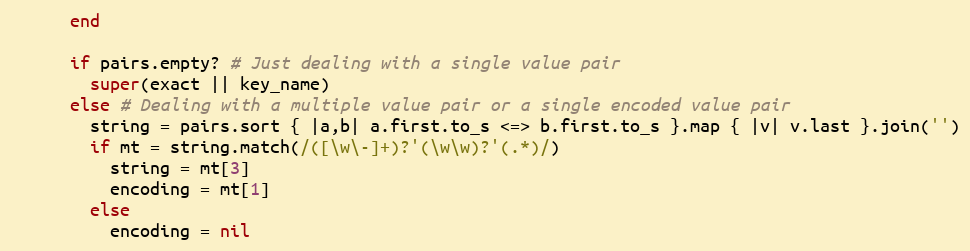
Language: Ruby
      end

      if pairs.empty? # Just dealing with a single value pair
        super(exact || key_name)
      else # Dealing with a multiple value pair or a single encoded value pair
        string = pairs.sort { |a,b| a.first.to_s <=> b.first.to_s }.map { |v| v.last }.join('')
        if mt = string.match(/([\w\-]+)?'(\w\w)?'(.*)/)
          string = mt[3]
          encoding = mt[1]
        else
          encoding = nil